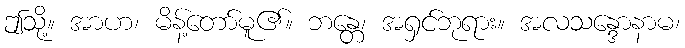
ဤသို့။ အာဟ၊ မိန့်တော်မူ၏။ ဘန္တေ၊ အရှင်ဘုရား။ အလသန္ဒောနာမ၊